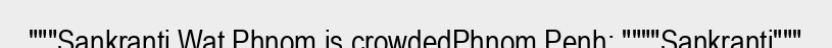
"""Sankranti Wat Phnom is crowdedPhnom Penh: """"Sankranti"""